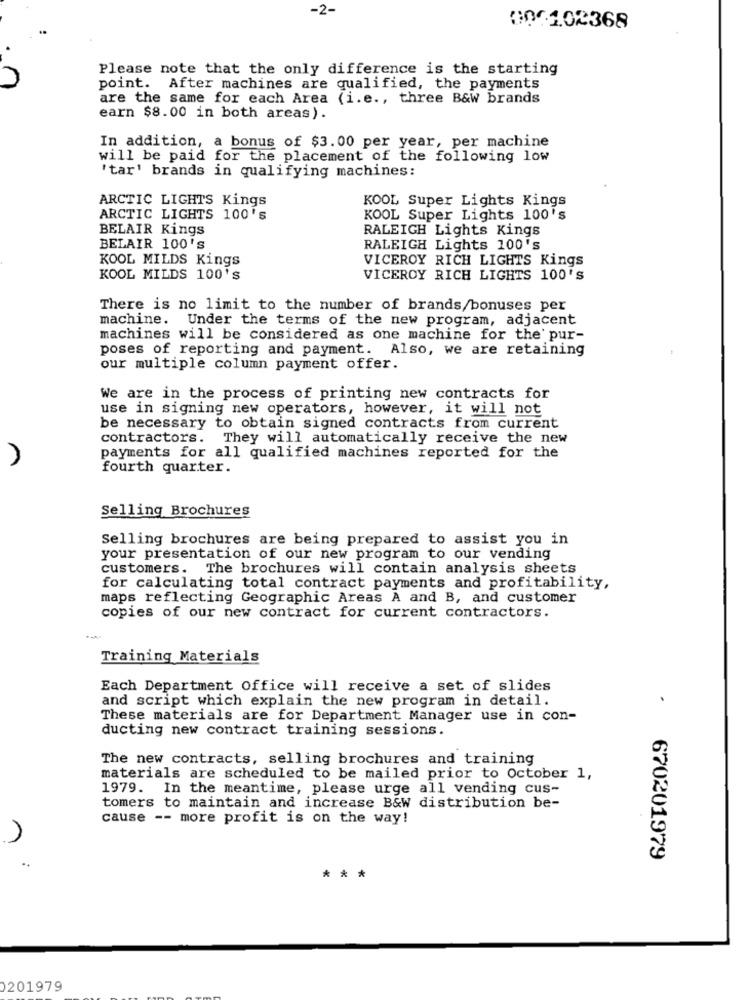
-2-
00102368
Please note that the only difference is the starting
point. After machines are qualified, the payments
are the same for each Area (i.e ., three B&W brands
earn $8.00 in both areas).
In addition, a bonus of $3.00 per year, per machine
will be paid for the placement of the following low
'tar' brands in qualifying machines:
ARCTIC LIGHTS Kings
KOOL Super Lights Kings
ARCTIC LIGHTS 100's
KOOL Super Lights 100's
BELAIR Kings
RALEIGH Lights Kings
BELAIR 100's
RALEIGH Lights 100's
KOOL MILDS Kings
VICEROY RICH LIGHTS Kings
KOOL MILDS 100'S
VICEROY RICH LIGHTS 100'S
There is no limit to the number of brands/bonuses per
machine.
Under the terms of the new program, adjacent
machines will be considered as one machine for the' pur-
poses of reporting and payment. Also, we are retaining
our multiple column payment offer.
We are in the process of printing new contracts for
use in signing new operators, however, it will not
be necessary to obtain signed contracts from current
contractors. They will automatically receive the new
payments for all qualified machines reported for the
fourth quarter.
Selling Brochures
Selling brochures are being prepared to assist you in
your presentation of our new program to our vending
customers.
The brochures will contain analysis sheets
for calculating total contract payments and profitability,
maps reflecting Geographic Areas A and B, and customer
copies of our new contract for current contractors.
Training Materials
Each Department Office will receive a set of slides
and script which explain the new program in detail.
.
These materials are for Department Manager use in con-
ducting new contract training sessions.
The new contracts, selling brochures and training
materials are scheduled to be mailed prior to October 1,
1979. In the meantime, please urge all vending cus-
tomers to maintain and increase B&W distribution be-
cause -- more profit is on the way!
670201979
***
0201979